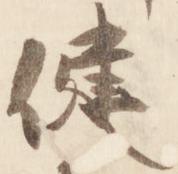
健